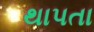
થાપતા